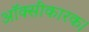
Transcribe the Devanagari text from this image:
ऑक्सीकारक।